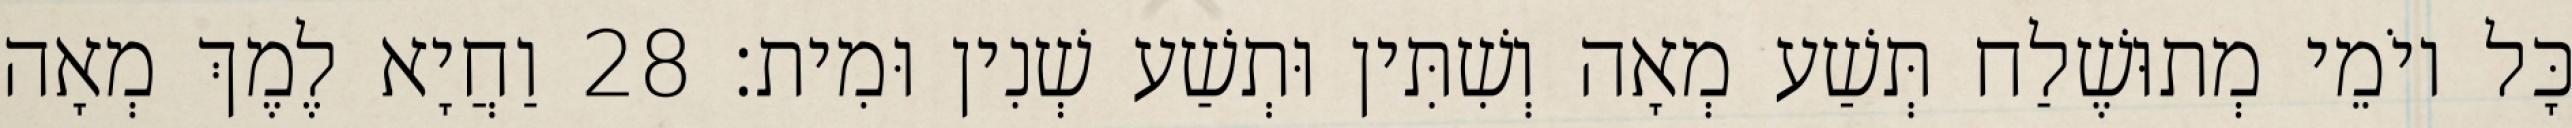
כָּל יוֹמֵי מְתוּשֶׁלַח תְּשַׁע מְאָה וְשִׁתִּין וּתְשַׁע שְׁנִין וּמִית׃ 28 וַחֲיָא לֶמֶךְ מְאָה